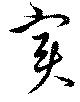
實